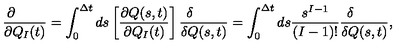
{ \frac { \partial \qquad } { \partial Q _ { I } ( t ) } } = \int _ { 0 } ^ { \Delta t } d s \left[ { \frac { \partial Q ( s , t ) } { \partial Q _ { I } ( t ) } } \right] { \frac { \delta \qquad } { \delta Q ( s , t ) } } = \int _ { 0 } ^ { \Delta t } d s { \frac { s ^ { I - 1 } } { ( I - 1 ) ! } } { \frac { \delta \qquad } { \delta Q ( s , t ) } } ,